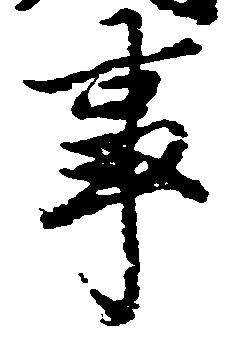
事